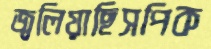
জ্বলিয়াছিসপিক